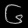
Digit: ၆